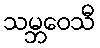
သမ္ဘဝေသီ